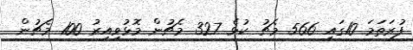
ފުރަތަމަ 10ގައި 566 މެޗު ކުޅެ 327 މެޗުން މޮޅުވިއިރު 100 މެޗުން